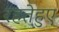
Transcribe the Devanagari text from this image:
रहतेहुए